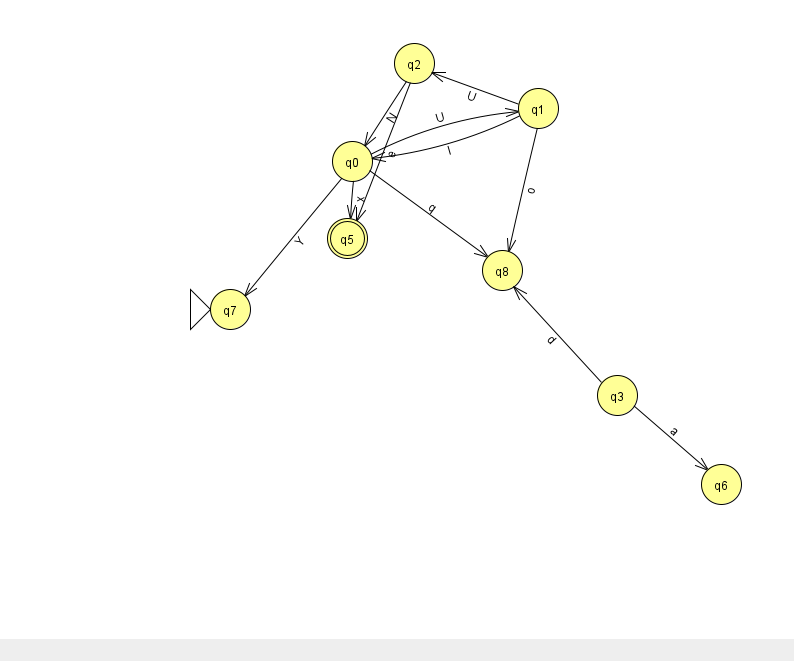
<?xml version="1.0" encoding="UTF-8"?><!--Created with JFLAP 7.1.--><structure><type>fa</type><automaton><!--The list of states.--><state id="0" name="q0"><x>352.0</x><y>148.0</y></state><state id="1" name="q1"><x>538.0</x><y>95.0</y></state><state id="2" name="q2"><x>414.0</x><y>50.0</y></state><state id="3" name="q3"><x>617.0</x><y>382.0</y></state><state id="5" name="q5"><x>347.0</x><y>225.0</y><final/></state><state id="6" name="q6"><x>721.0</x><y>471.0</y></state><state id="7" name="q7"><x>230.0</x><y>296.0</y><initial/></state><state id="8" name="q8"><x>502.0</x><y>257.0</y></state><!--The list of transitions.--><transition><from>2</from><to>5</to><read>e</read></transition><transition><from>1</from><to>0</to><read>I</read></transition><transition><from>0</from><to>5</to><read>x</read></transition><transition><from>2</from><to>0</to><read>N</read></transition><transition><from>0</from><to>8</to><read>q</read></transition><transition><from>1</from><to>8</to><read>o</read></transition><transition><from>3</from><to>8</to><read>d</read></transition><transition><from>0</from><to>1</to><read>U</read></transition><transition><from>1</from><to>2</to><read>U</read></transition><transition><from>3</from><to>6</to><read>a</read></transition><transition><from>0</from><to>7</to><read>Y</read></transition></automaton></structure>